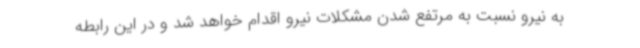
به نیرو نسبت به مرتفع شدن مشکلات نیرو اقدام خواهد شد و در این رابطه